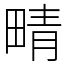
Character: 𤲟